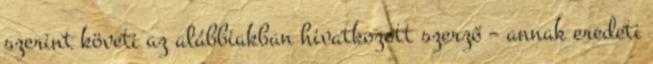
szerint követi az alábbiakban hivatkozott szerző – annak eredeti